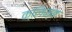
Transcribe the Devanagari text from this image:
क्लिम्ब